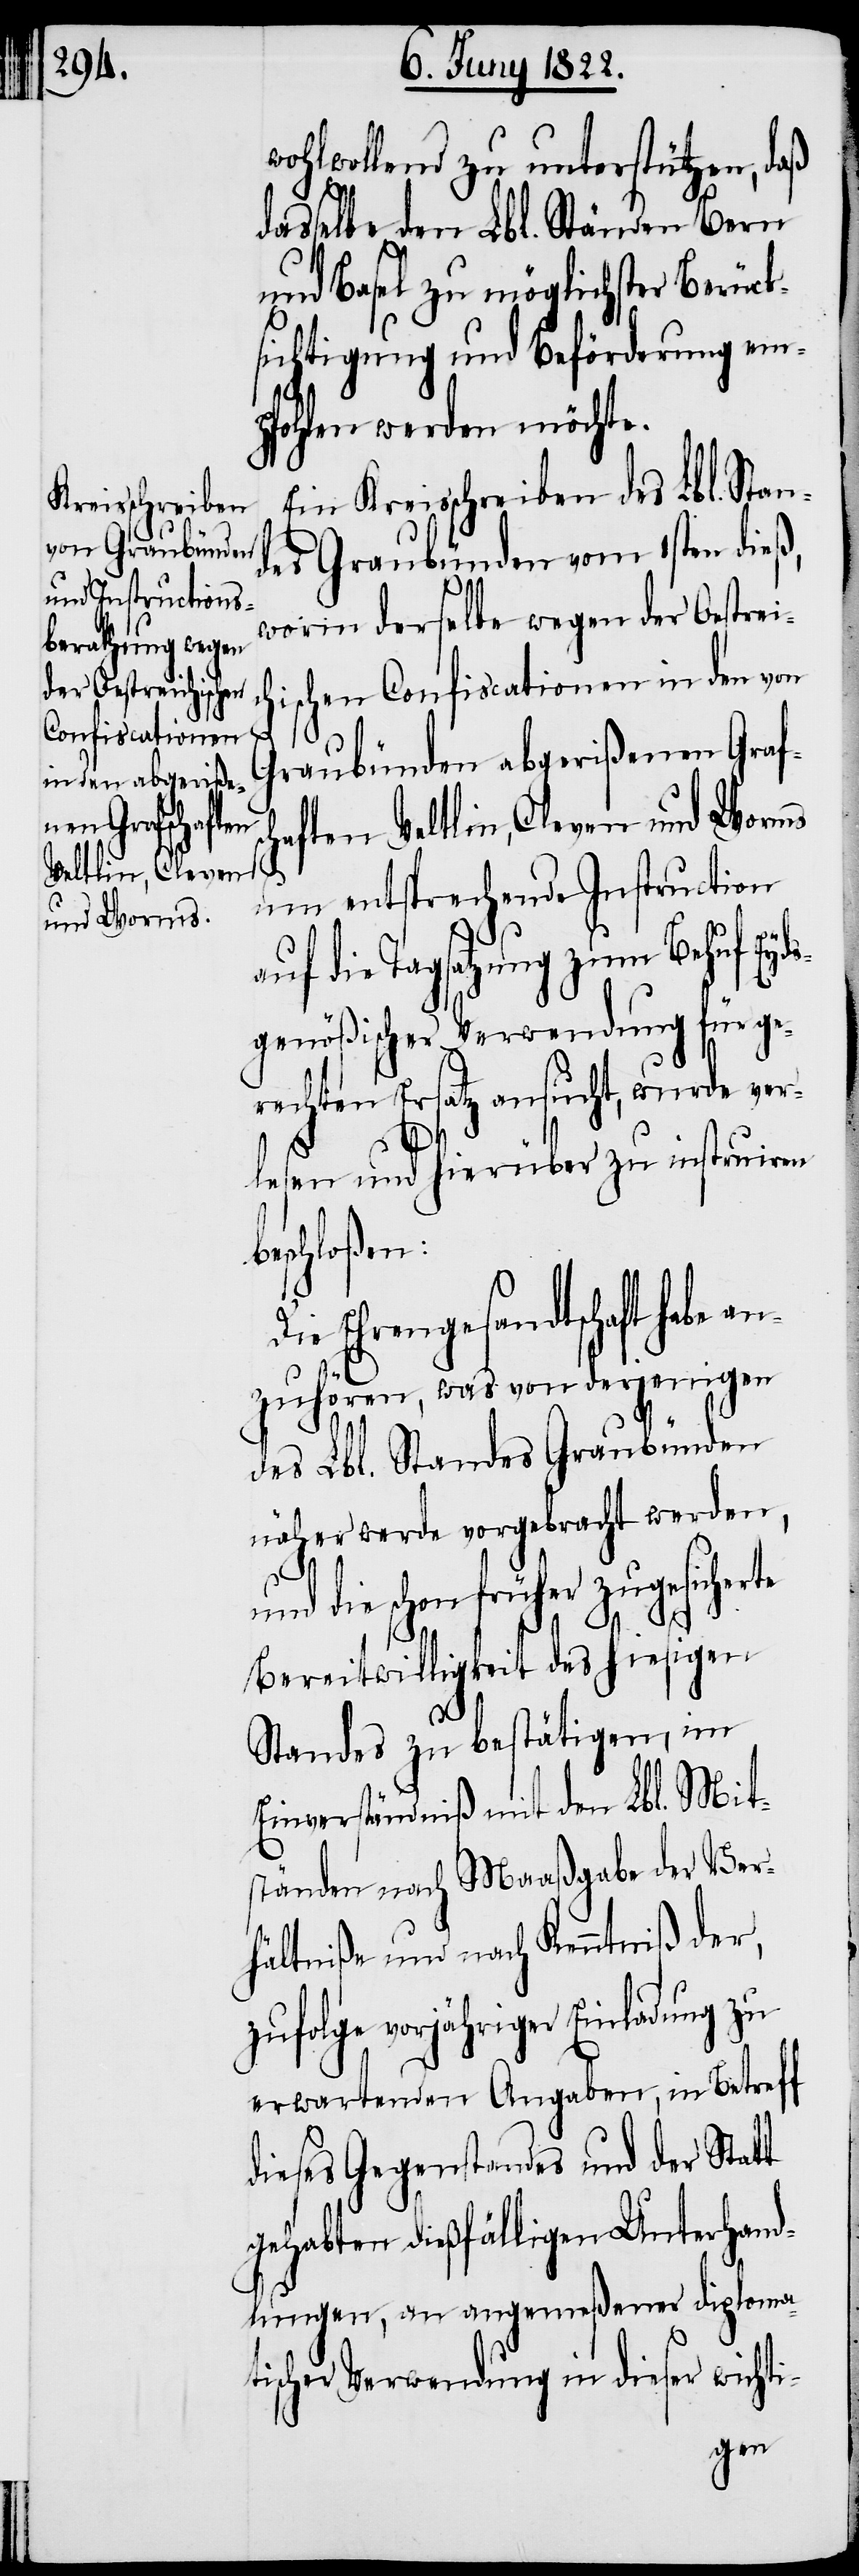
wohlwollend zu unterstützen, daß
dasselbe den Lbl. Ständen Bern
und Basel zu möglichster Berück¬
sichtigung und Beförderung em¬
pfohlen werden möchte.
Ein Kreisschreiben des Lbl. Stan¬
des Graubünden vom 1sten dieß,
worin derselbe wegen der Oestreic¬
ischen Confiscationen in den von
a¬
Graubünden abgerißenen Graf¬
haften Veltlin, Cleven und Worms
um entsprechende Instruction
uf die Tagsatzung zum Behuf Eyd¬
sgenößischer Verwendung für ge¬
rechten Ersatz ansucht, wurde ver¬
an¬
lesen und hierüber zu instruiren
beschloßen:
Ehrengesandtschaft habe
zuhören, was von derjenigen
des Lbl. Standes Graubünden
näher werde vorgebracht werden,
und die schon früher zugesicherte
Bereitwilligkeit des hiesigen
Standes zu bestätigen, im
Einverständniß mit den Lbl. Mit¬
ständen nach Maaßgabe der Ver¬
hältniße und nach Kenntniß der,
zufolge vorjähriger Einladung zu
erwartenden Angaben, in Betreff
dieses Gegenstandes und der Statt
gehabten dießfälligen Unterhand¬
lungen, an angemeßener diploma¬
tischer Verwendung in dieser wichti-